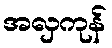
အလှကုန်